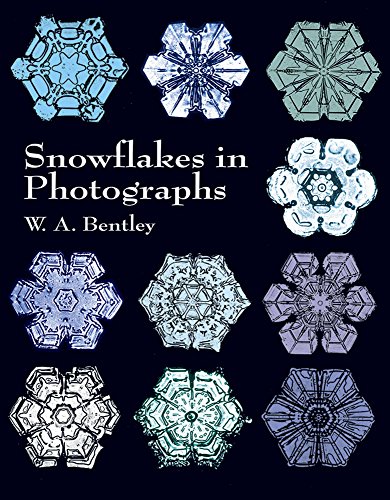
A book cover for Snowflakes in Photographs (Dover Pictorial Archive); Arts & Photography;